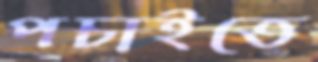
পচাইতে